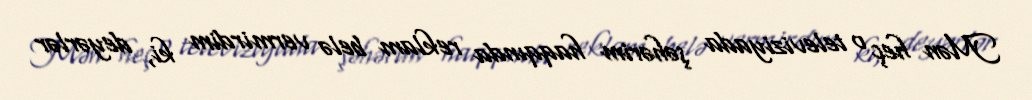
Mən heç o televiziyada şəhərim haqqında reklam belə vermirdim ki, deyərlər